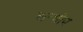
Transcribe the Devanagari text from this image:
अन्भीय